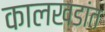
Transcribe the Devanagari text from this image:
कालखडांत